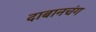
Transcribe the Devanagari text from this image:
दाबानचंग